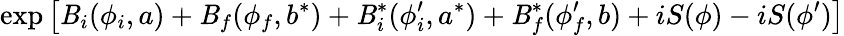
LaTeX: \exp\left[\mathit{B}_{i}(\phi_{i},a)+\mathit{B}_{f}(\phi_{f},b^{*})+\mathit{B}_{i}^{*}(\phi_{i}^{\prime},a^{*})+\mathit{B}_{f}^{*}(\phi_{f}^{\prime},b)+iS(\phi)-iS(\phi^{\prime})\right]